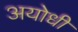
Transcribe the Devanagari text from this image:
अयोधी